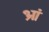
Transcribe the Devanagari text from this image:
भ्रां